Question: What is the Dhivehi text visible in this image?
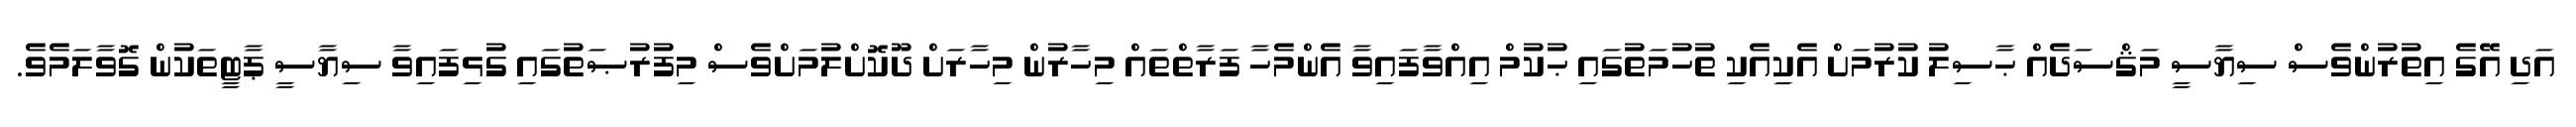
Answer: އަދި އޭގެ އިތުރުންވެސް ސިޔާސީ މަޤްސަދެއް ޙާސިލު ކުރުމަށް އެކިއެކި ތުހުމަތުގައި ޙުކުމް އިއްވާފައިވާ އެންމެހާ ފަރާތްތައް މިހާރުން މިހާރަށް ދޫކޮށްލުމަށްވެސް މިފުރުޞަތުގައި ގުޅިފައިވާ ސިޔާސީ ޕާޓީތަކުން ގޮވާލަމެވެ.